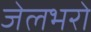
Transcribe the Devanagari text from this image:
जेलभरो